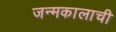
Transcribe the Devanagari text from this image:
जन्मकालाची